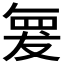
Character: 𮊆